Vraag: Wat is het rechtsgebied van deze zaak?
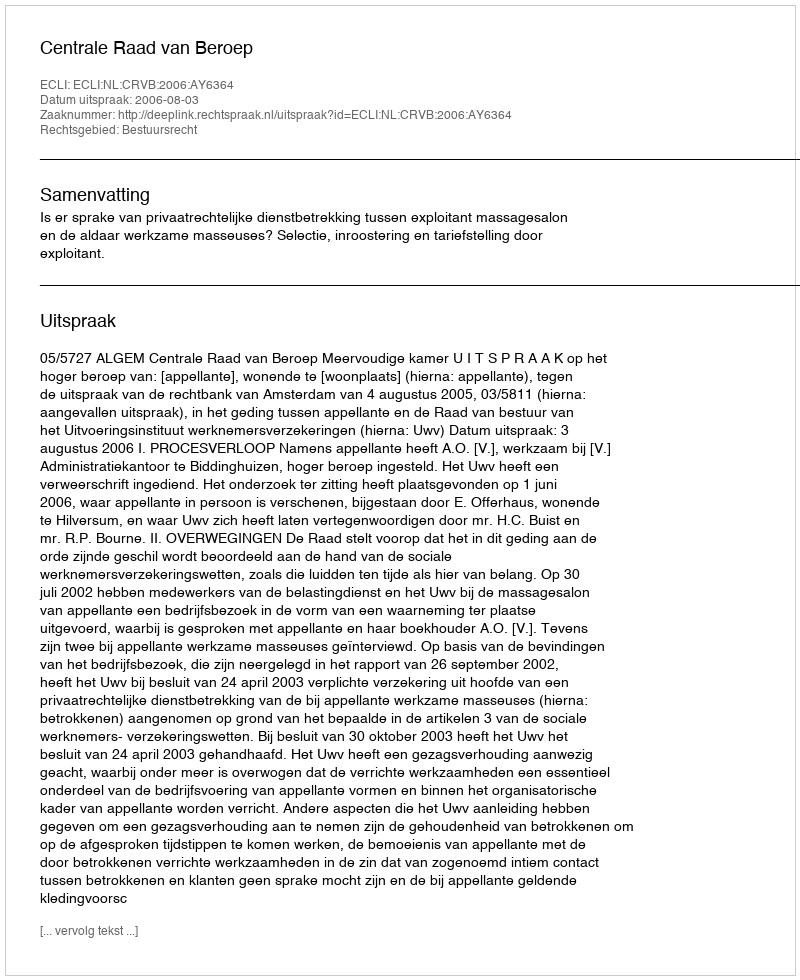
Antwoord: Bestuursrecht